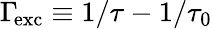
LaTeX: \Gamma\! _{\mathrm{exc}}\equiv 1/\tau-1/\tau_{0}